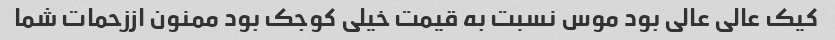
کیک عالی عالی بود موس نسبت به قیمت خیلی کوجک بود ممنون اززحمات شما